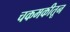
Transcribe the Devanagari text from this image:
चकमकीतून